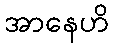
အာနေဟိ